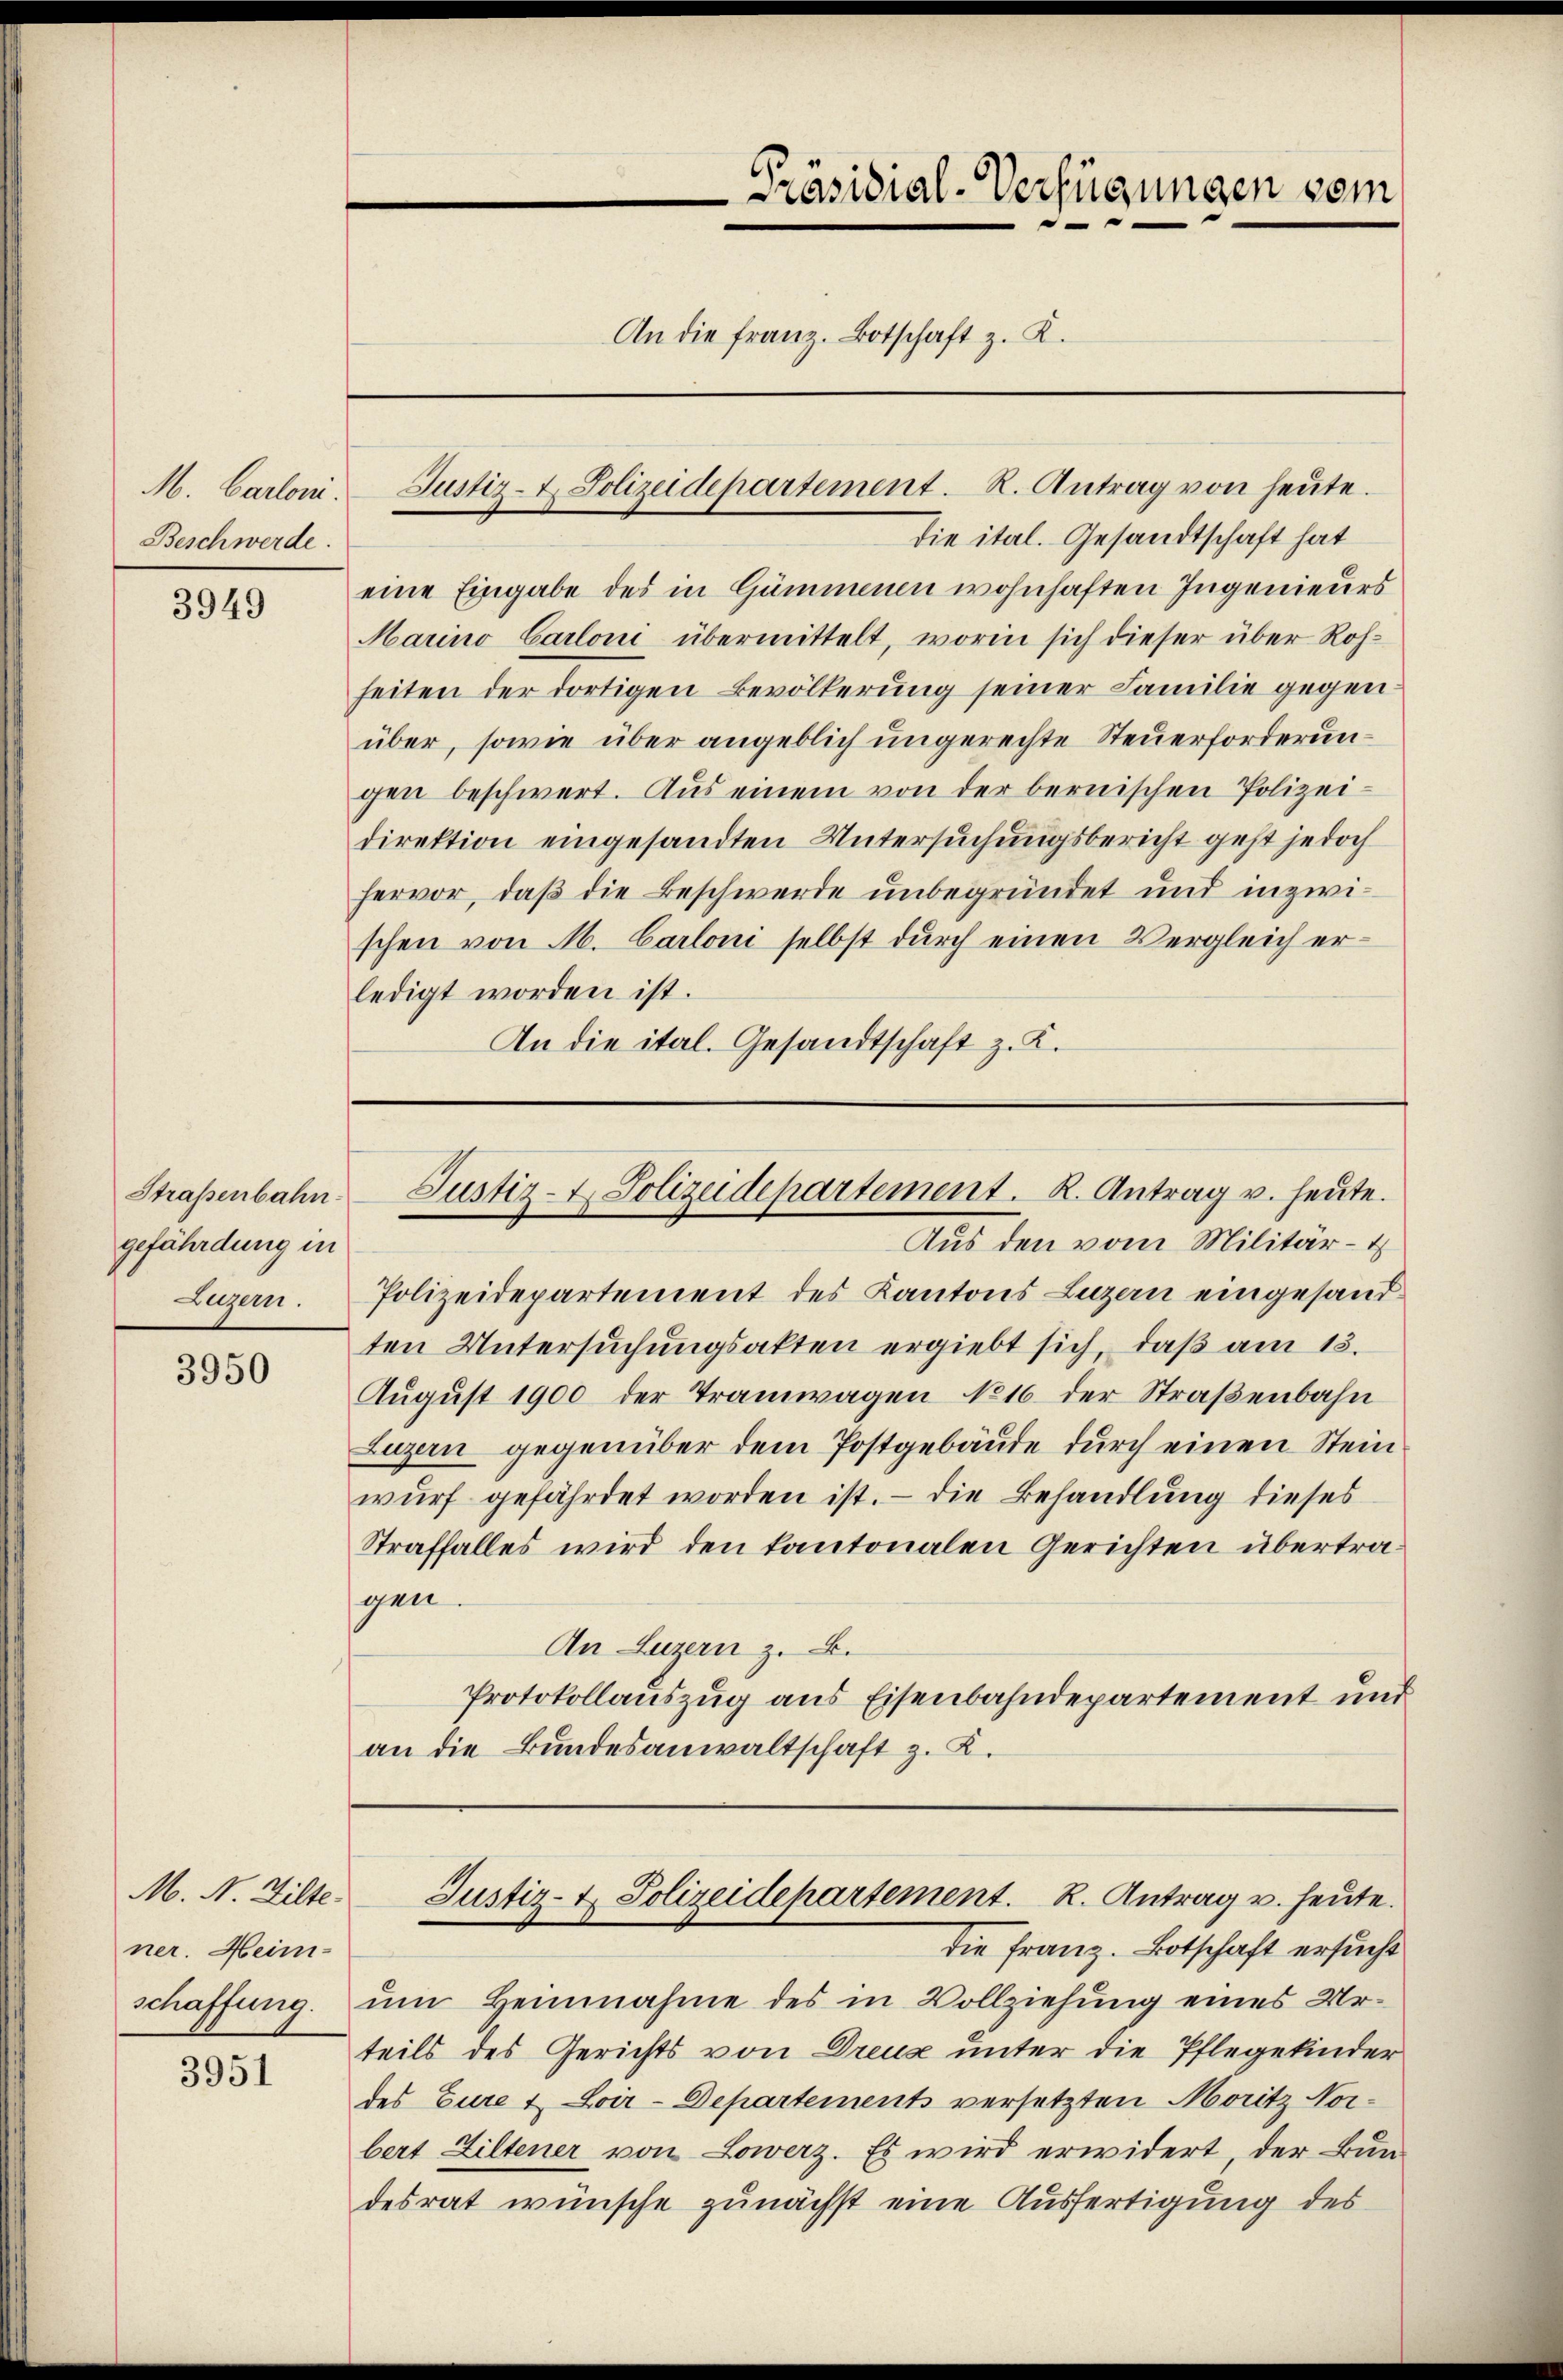
M. Cartoni.
Beschwerde.

3949

Straßenbahn
gefährdung in
Luzern.

3950

M. N. Zilte.
ner. Heimschaffung.

3951

die ital. Gesandtschaft hat
eine Eingabe des in Gummenen wohnhaften Ingenieurs
Marino Carloni übermittelt, worin sich dieser über Roh-
heiten der dortigen Bevölkerung seiner Familie gegen
über, sowie über angeblich ungerechte Steuerforderungen beschwert. Aus einem von der bernischen Polizeidirektion eingesandten Untersuchungsbericht geht jedoch
hervor, daß die Beschwerde unbegründet und inzwischen von M. Carloni selbst durch einen Vergleich erledigt worden ist.
An die ital. Gesandtschaft z. K.

Justiz- & Polizeidepartement. R. Antrag von heŭte.

Präsidial-Verfügungen vom
An die franz. Botschaft z. K.

Justiz- & Polizeidepartement. K. Antrag u. heŭte.

Aus den vom Militär-
Polizeidepartement des Kantons Luzern eingesandten Untersuchungsakten ergiebt sich, daß am 13.
August 1900 der Tramwagen No 16. der Straßenbahn
Luzern gegenüber dem Postgebäude durch einen Steinwurf gefährdet worden ist. — Die Behandlung dieses
Straffalles wird den kantonalen Gerichten übertragen.
An Luzern z. B.
Protokollauszug aus Eisenbahndepartement und
an die Bundesanwaltschaft z. K.

um Heinnahme des in Vollziehung eines Urteils des Gerichts von Dreuz unter die Pflegekinder
des Eure & Loir-Departements versetzten Moritz Norbert Liltener von Lowerz. Es wird erwidert, der Bun-
desrat wünsche zunächst eine Ausfertigung des

Justiz- & Polizeidepartement. K. Antrag u. heute.
die Franz. Botschaft ersucht